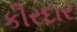
કીરદાર